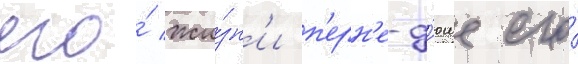
его́ жи́зн'и п'ерн'е-д'юше его́